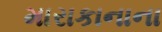
મારાકાનાના